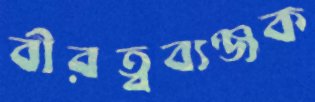
বীরত্বব্যঞ্জক